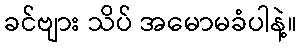
ခင်ဗျား သိပ် အမောမခံပါနဲ့။